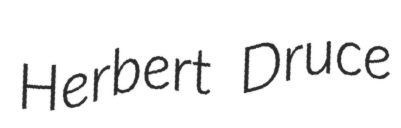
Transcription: Herbert Druce